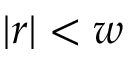
| r | < w